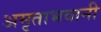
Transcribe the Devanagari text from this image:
अमृताभवानी